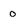
Character: 0